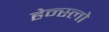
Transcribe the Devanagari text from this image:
हेन्स्लो